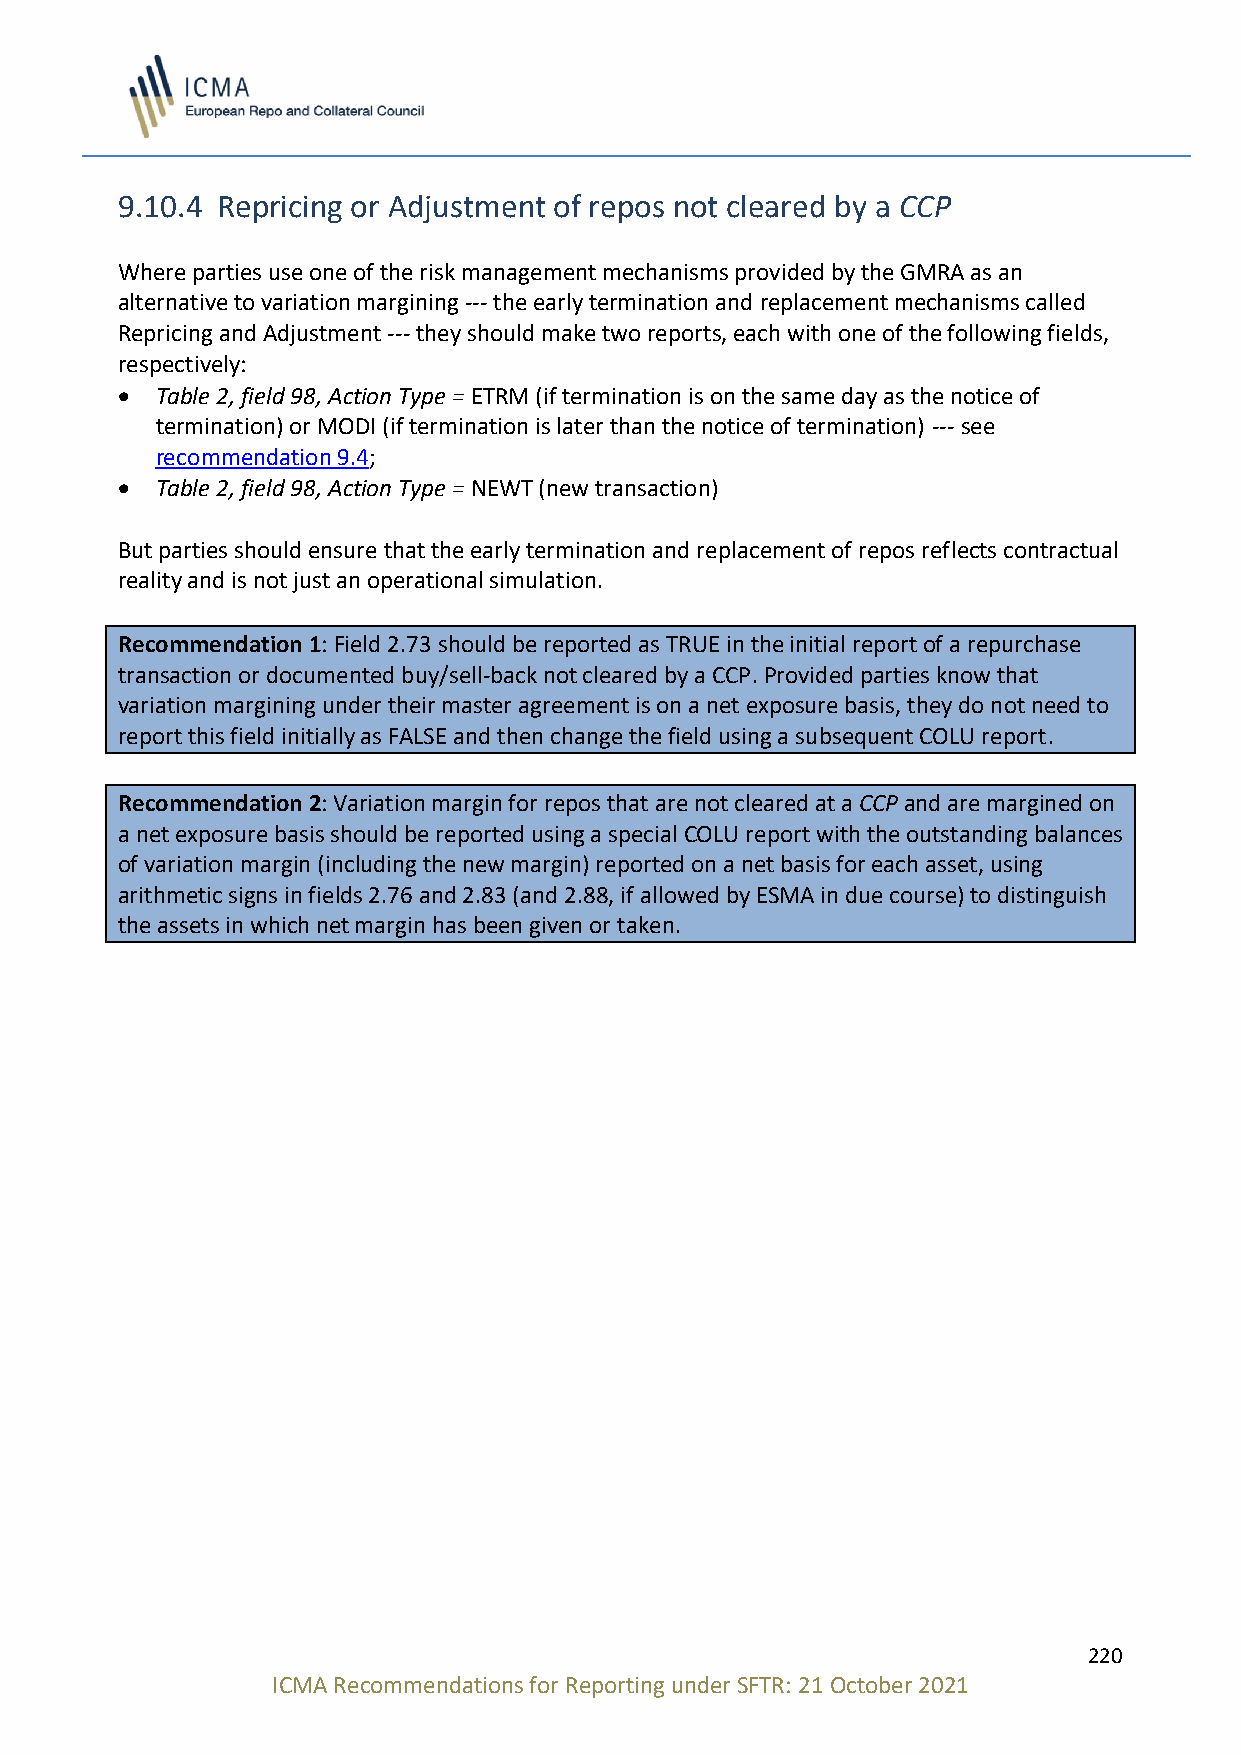
9.10.4 Repricing or Adjustment of repos not cleared by a CCP
 Where parties use one of the risk management mechanisms provided by the GMRA as an
 alternative to variation margining --- the early termination and replacement mechanisms called
 Repricing and Adjustment --- they should make two reports, each with one of the following fields,
 respectively:
 • Table 2, field 98, Action Type = ETRM (if termination is on the same day as the notice of
 termination) or MODI (if termination is later than the notice of termination) --- see
 recommendation 9.4;
 • Table 2, field 98, Action Type = NEWT (new transaction)
 But parties should ensure that the early termination and replacement of repos reflects contractual
 reality and is not just an operational simulation.
 Recommendation 1: Field 2.73 should be reported as TRUE in the initial report of a repurchase
 transaction or documented buy/sell-back not cleared by a CCP. Provided parties know that
 variation margining under their master agreement is on a net exposure basis, they do not need to
 report this field initially as FALSE and then change the field using a subsequent COLU report.
 Recommendation 2: Variation margin for repos that are not cleared at a CCP and are margined on
 a net exposure basis should be reported using a special COLU report with the outstanding balances
 of variation margin (including the new margin) reported on a net basis for each asset, using
 arithmetic signs in fields 2.76 and 2.83 (and 2.88, if allowed by ESMA in due course) to distinguish
 the assets in which net margin has been given or taken.
 220
 ICMA Recommendations for Reporting under SFTR: 21 October 2021